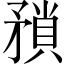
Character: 矟